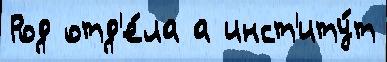
Род отд'е́ла а инст'иту́т